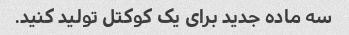
سه ماده جدید برای یک کوکتل تولید کنید.